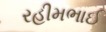
રહીમભાઈ